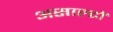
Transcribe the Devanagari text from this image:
असाल्टों